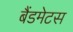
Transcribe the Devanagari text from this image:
बैंडमेटस